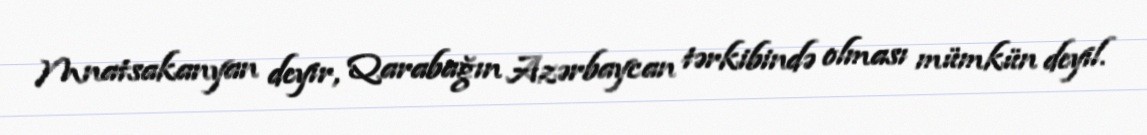
Mnatsakanyan deyir, Qarabağın Azərbaycan tərkibində olması mümkün deyil.